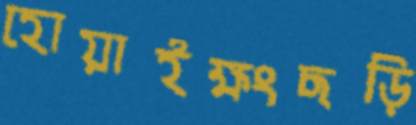
হোয়াইক্ষংছড়ি